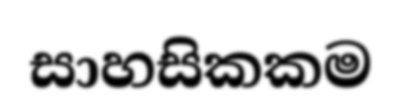
සාහසිකකම